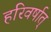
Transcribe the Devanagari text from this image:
हरिवर्षात्